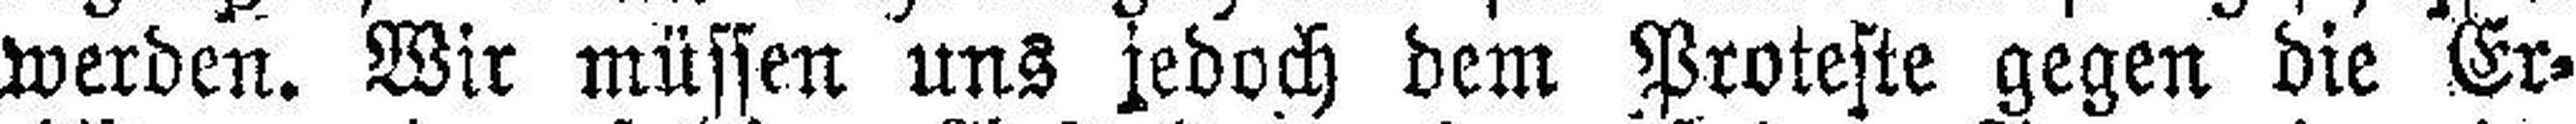
werden. Wir müssen uns jedoch dem Proteste gegen die Er¬